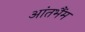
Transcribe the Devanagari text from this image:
आंतभैंम